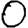
Digit: 0